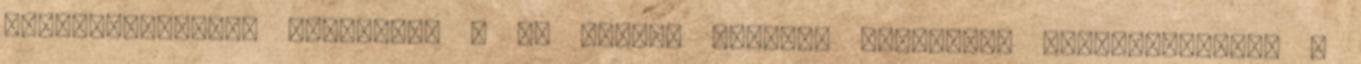
problémamegoldó képesség, § Jó szintű döntési képesség, elemzőkészség, §